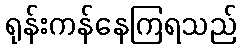
ရုန်းကန်နေကြရသည်